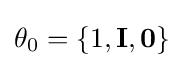
\theta _{0}=\lbrace 1,\mathbf {I} ,\mathbf {0} \rbrace